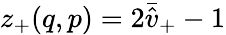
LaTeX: z_{+}(q,p)=2\bar{\hat{v}}_{+}-1